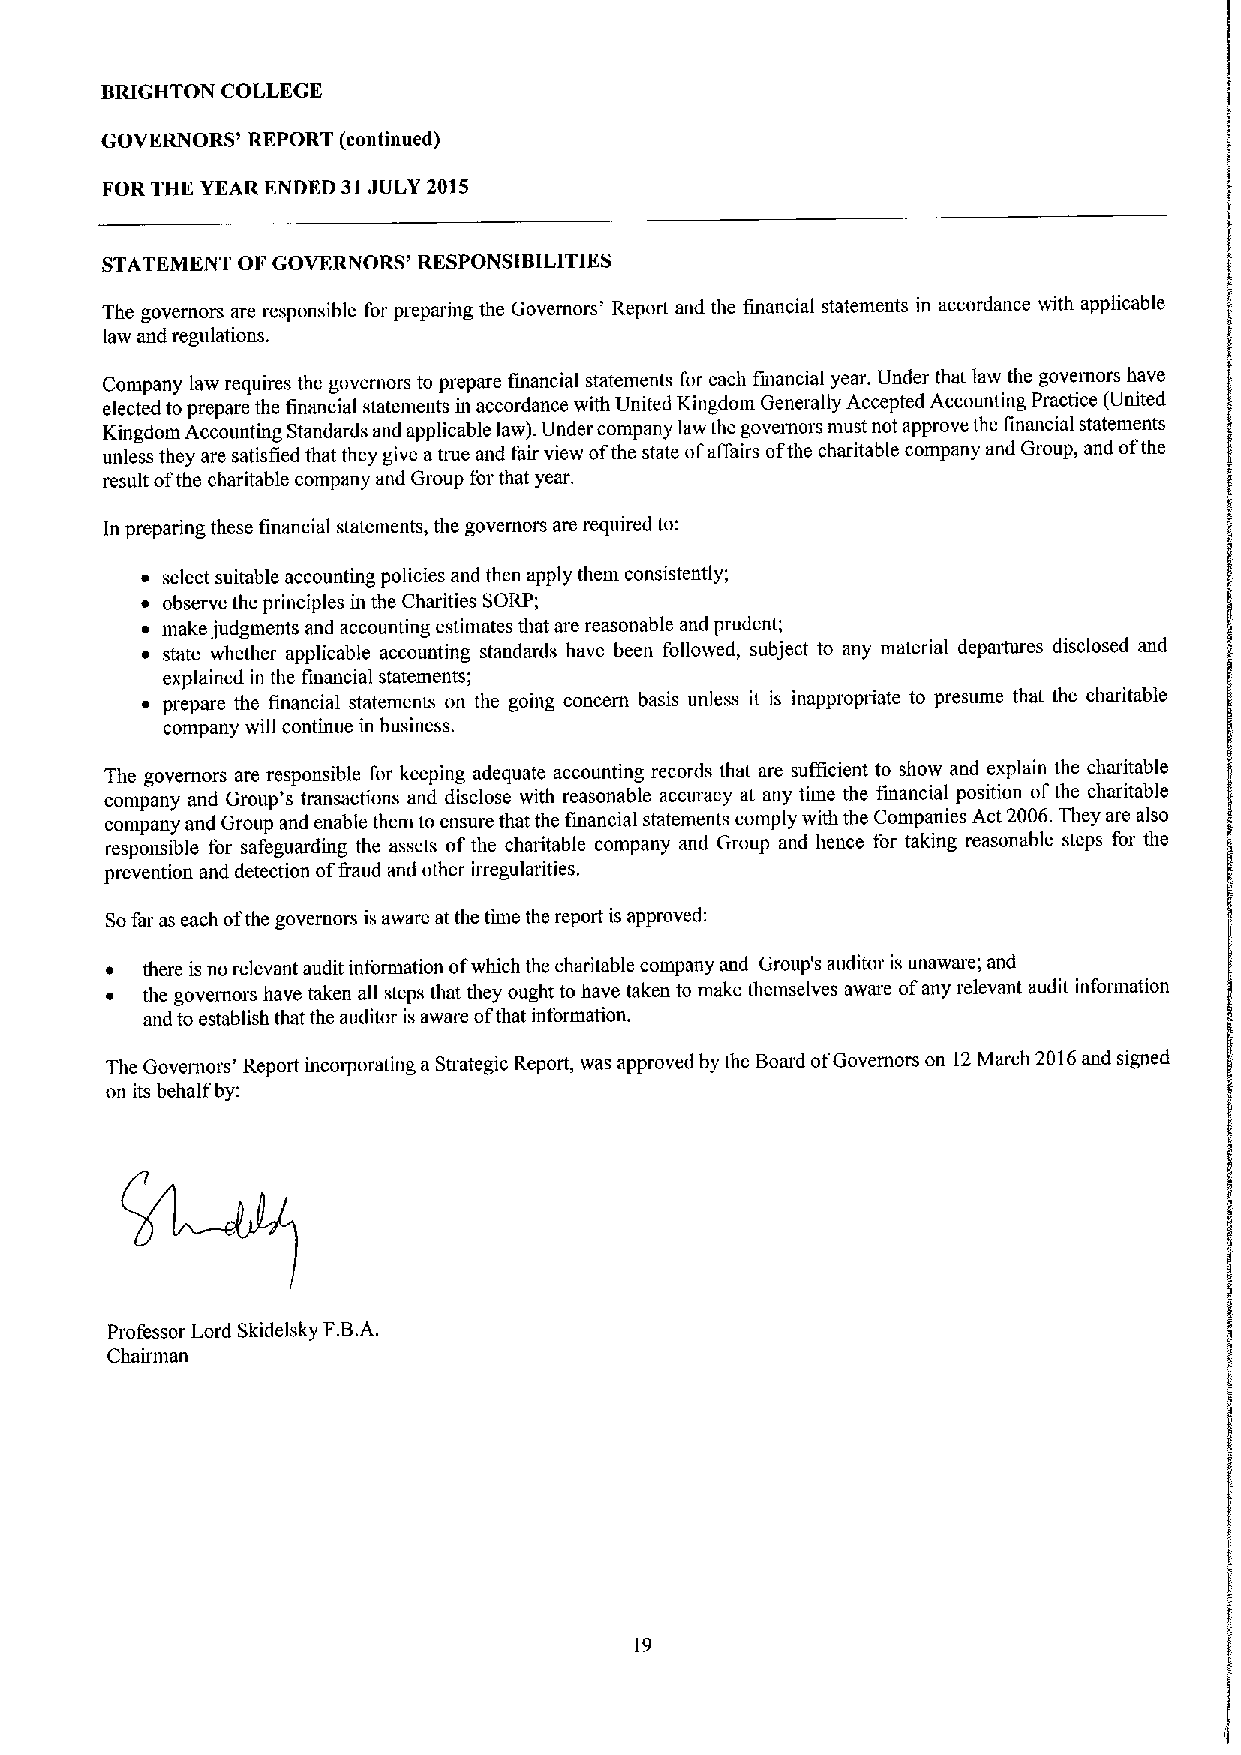
BRIGHTON COLLEGE
 GOVERNORS' REPORT (continued)
 FOR THE YEAR ENDED 31JULY 2015
 STATEMENT OF GOVERNORS' RESPONSIBILITIES
 The governors are responsible for preparing the Governors' Report and the financial statements in accordance with applicable
 law and regulations.
 Company law requires the governors to prepare financial statements for each financial year. Under that law the governors have
 elected toprepare the financial statements in accordance with United Kingdom Generally Accepted Accounting Practice (United
 Kingdom Accounting Standards and applicable law). Under company law the governors must not approve the financial statements
 unless they are satisfied that they give atttte and fair view ofthe state ofaffairs ofthe charitable company and Group, and ofthe
 result ofthe charitable company and Group for that year.
 In preparing these financial statements, the governors are required to:
 ~ select suitable accounting policies and then apply them consistently;
 ~ observe the principles in the Charities SORP;
 ~ make judgments and accounting estimates that are reasonable and prudent;
 ~ state whether applicable accounting standards have been followed, subject to any material departures disclosed and
 explained in the financial statements;
 ~ prepare the financial statements on the going concern basis unless it is inappropriate to presume that the charitable
 company will continue in business.
 The governors are responsible for keeping adequate accounting records that are sufficient to show and explain the charitable
 company and Group's transactions and disclose with reasonable accuracy at any time the financial position ofthe charitable
 company and Group and enable them to ensure that the financial statements comply with the Companies Act 2006.They are also
 responsible for safeguarding the assets ofthe charitable company and Group and hence for taking reasonable steps for the
 prevention and detection of&aud and other inegularities.
 Sofar as each ofthe governors is aware at the time the report is approved:
 ~ there is no relevant audit information ofwhich the charitable company and Group's auditor is unaware; and
 ~ the governors have taken all steps that they ought to have taken to make themselves aware ofany relevant audit information
 and to establish that the auditor is aware ofthat information.
 The Governors' Report incoiporating a Strategic Report, was approved by the Board ofGovernors on 12March 2016and signed
 on its behalf by:
 Professor Lord Skidelsky F.B.A.
 Chairman
 19